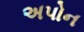
અપોન